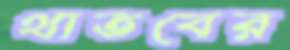
থাতবের